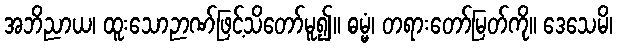
အဘိညာယ၊ ထူးသောဉာဏ်ဖြင့်သိတော်မူ၍။ ဓမ္မံ၊ တရားတော်မြတ်ကို။ ဒေသေမိ၊